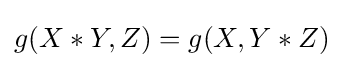
g(X*Y,Z)=g(X,Y*Z)